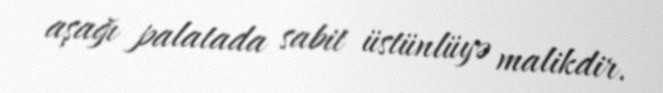
aşağı palatada sabit üstünlüyə malikdir.